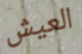
العيش